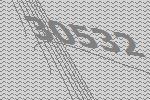
30532